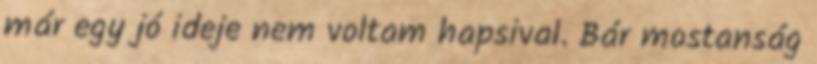
már egy jó ideje nem voltam hapsival. Bár mostanság